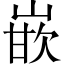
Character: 嵌